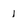
Character: 1